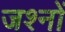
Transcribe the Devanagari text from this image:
जश्नों